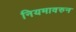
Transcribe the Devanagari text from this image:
नियमावरुन